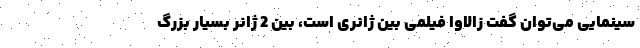
سینمایی می‌توان گفت زالاوا فیلمی بین ژانری است، بین 2 ژانر بسیار بزرگ